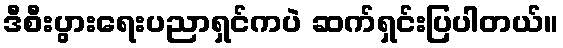
ဒီစီးပွားရေးပညာရှင်ကပဲ ဆက်ရှင်းပြပါတယ်။